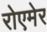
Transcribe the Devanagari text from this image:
रोएमेर